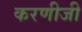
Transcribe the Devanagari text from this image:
करणीजी